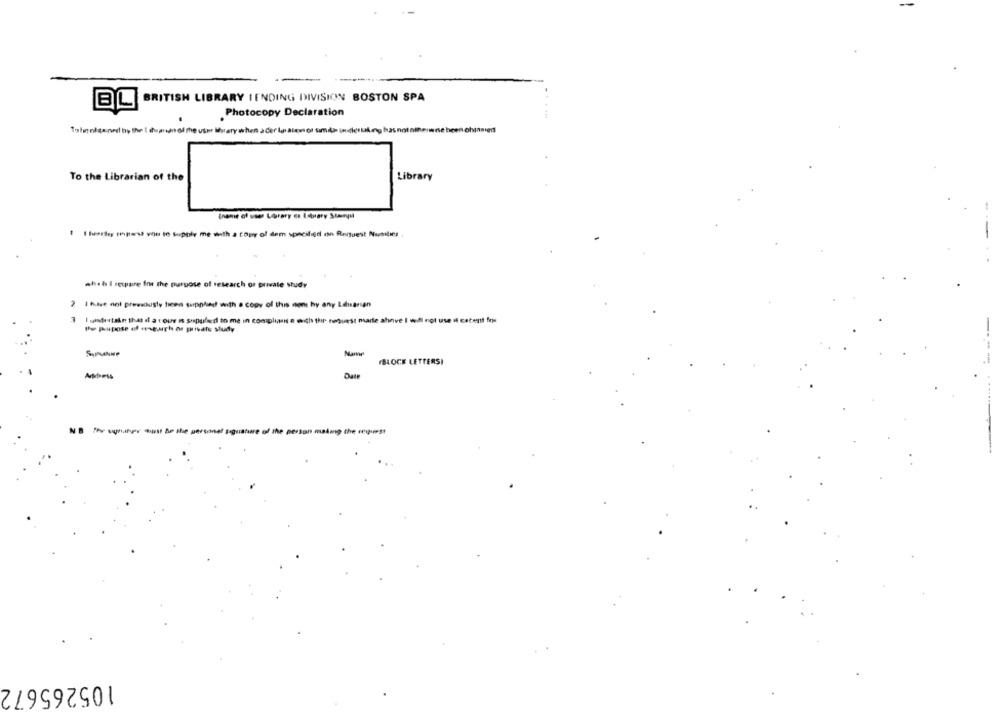
BL
BRITISH LIBRARY TENDING DIVISION BOSTON SPA
. Photocopy Declaration
Tobe offered by the i dogrun of the user theory when a der los alamos smile in diestaling has not otherwise been chiamied
To the Librarian of the
Library
(name of user Library ce Library Staryil
what I recpaire Int the purpose of research or private study
2 1 have not presschusty ticen supplied with a copy of this mon by any Ldisansen
7 1 undertake that if a tour n supplied to me in compliuns e with thr noouest marle ah
wve I wil not use if catent frys
Surune
Name
(BLOCE LETTERSI
Assess
Date
NB Ihr unter must Ap the personel tiguature of the person making the request
105265672